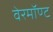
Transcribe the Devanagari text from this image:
वेरमॉण्ट